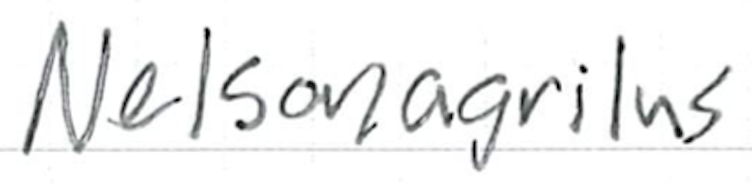
Text: Nelsonagrilus
Cross-out: clean
Writing tool: ballpoint